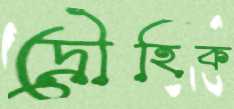
দ্রৌহিক